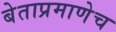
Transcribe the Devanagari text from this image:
बेताप्रमाणेच